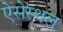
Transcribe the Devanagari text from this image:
ऐसेस्थल